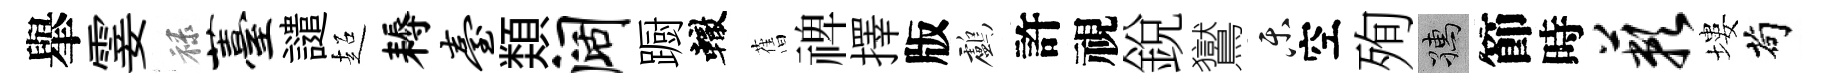
𦦙霎禄薹譴超耨台𩔖阔蹰轍𦾔禆擇版鸕許視銳鸑乐空殉孺節時蔌塿茍